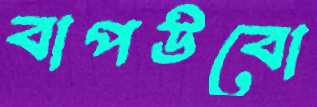
বাপউবো